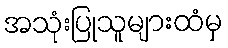
အသုံးပြုသူများထံမှ